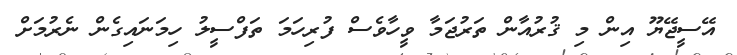
އޭސީޖޭޔޫ އިން މި ޤުރުއާން ތަރުޖަމާ ވީހާވެސް ފުރިހަމަ ތަފްސީލު ހިމަނައިގެން ނެރުމަށް